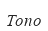
Топо